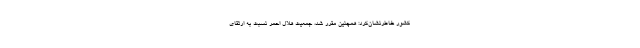
کشور خاطرنشان‌کرد: همچنین مقرر شد، جمعیت هلال احمر نسبت به ارتقای